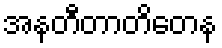
အနတီတာတိတေန